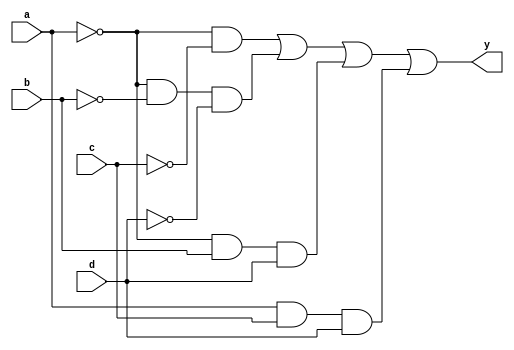
module booleanfunc(a,b,c,d,y);
input a,b,c,d;
output y;
assign y=(!a&!c)|(!a&!b&!d)|(!a&b&d)|(a&c&d);
endmodule